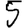
Digit: 5